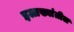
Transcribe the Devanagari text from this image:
इलाख्यांतील